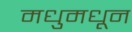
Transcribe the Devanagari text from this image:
मधुमधून